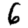
Digit: 6